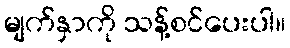
မျက်နှာကို သန့်စင်ပေးပါ။